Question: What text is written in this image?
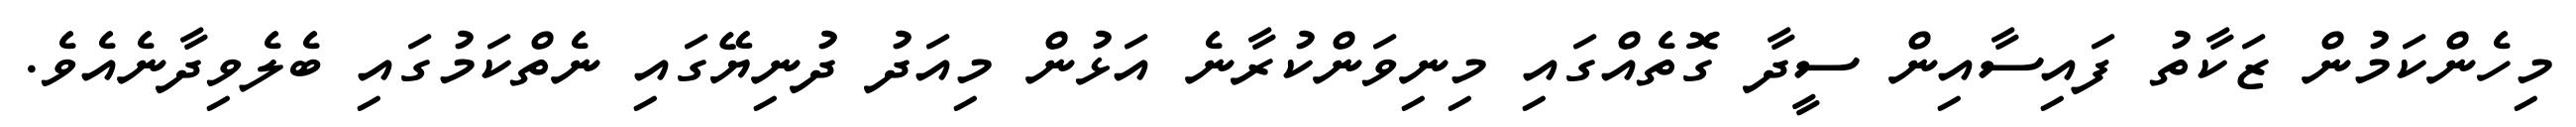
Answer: މިހެންކަމުން ޒަކާތު ފައިސާއިން ސީދާ ގޮތެއްގައި މިނިވަންކުރާނެ އަޅުން މިއަދު ދުނިޔޭގައި ނެތްކަމުގައި ބެލެވިދާނެއެވެ.